Report on vaccination North-West Frontier Province 1904-1922 - 1904-1922
Year: 1904
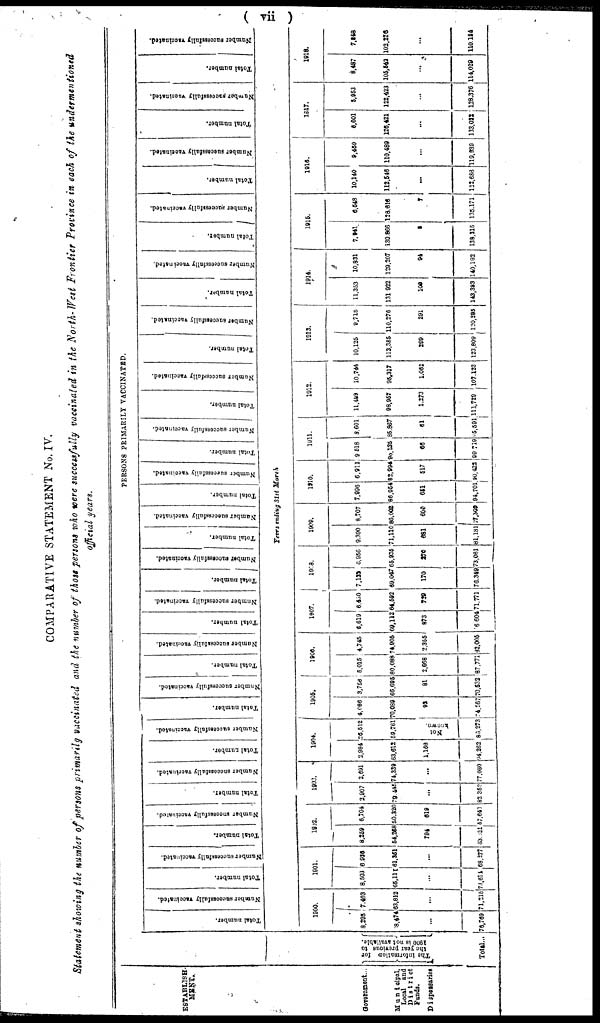
( vii )
COMPARATIVE STATEMENT No. IV.
Statement showing the number of persons primarily vaccinated and the number of those persons who were successfully vaccinated in the North- West Frontier Province in each of the undermentioned
official years.
ESTABLISH-
MENT.
Government...
Municipal,
Local
and
District
Funds.
Dispensaries
PERSONS PRIMARILY VACCINATED.
The information for
the year previous to
1900 is not available.
Total...
Total number.
Number successfully vaccinated.
Total number.
Number successfully vaccinated.
Total number.
Number successfully vaccinated.
Total number.
Number successfully vaccinated.
Total number.
Number successfully vaccinated.
Total number.
Number successfully vaccinated.
Total number.
Number successfully vaccinated.
Total number.
Number successfully vaccinated.
Total number.
Number successfully vaccinated.
Total number.
Number successfully vaccinated.
Total number.
Number successfully vaccinated.
Total number.
Number successfully vaccinated.
Total number.
Number successfully vaccinated.
Total number.
Number successfully vaccinated.
Total number.
Number successfully vaccinated.
Total number.
Number successfully vaccinated.
Total number.
Number successfully vaccinated.
Total number.
Number successfully vaccinated.
Total number.
Number successfully vaccinated.
Years ending 31st March
1900.
8,295
78,474
...
76,769
7,403
63,812
...
71,215
1901.
8,503
65,111
...
73,614
6,926
61,351
...
68,277
1902.
8,259
54,258
794
63,321
6,704
50,320
519
57,643
1903.
2,907
79,445
...
82,352
2,691
74,339
...
77,030
1904.
2,984
63,612
1,166
94,262
26,512
59,761
Not known
83,273
1905.
4,086
70,089
92
74,267
3,756
66,695
81
70,532
1906.
5,015
80,088
2,668
87,771
4,745
74,905
2,355
62,005
1907.
6,619
69,112
873
76,604
6,450
64,592
729
71,771
1908.
7,132
69,047
170
76,349
6,956
65,935
270
73,081
1909.
9,390
71,110
681
81,181
8,707
86,002
600
77,309
1910.
7,996
86,954
651
94,701
6,911
62,994
517
90,422
1911.
9,518
90,135
66
99,719
3,601
85,867
51
35,501
1912.
11,409
98,957
1,273
111,729
10,744
96,317
1,062
107,123
1913.
10,125
113,385
299
123,609
9,718
110,276
291
120,285
1914.
11,353
131,922
106
143,323
10,831
129,207
94
140,182
1015.
7,941
130,866
8
138,215
6,548
128,615
7
135,171
1916.
10,140
112,546
...
122,688
9,450
110,489
...
119,939
1917.
5,601
126,421
...
133,022
5,953
122,423
...
128,376
1018.
8,487
105,542
...
114,029
7,348
102,276
...
110,124